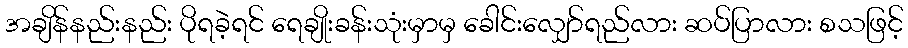
အချိန်နည်းနည်း ပိုရခဲ့ရင် ရေချိုးခန်းသုံးမှာမှ ခေါင်းလျှော်ရည်လား ဆပ်ပြာလား စသဖြင့်